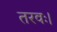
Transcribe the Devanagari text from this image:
तरवः।